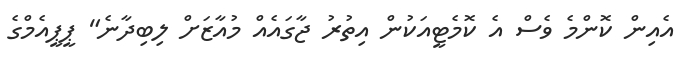
އެއިން ކޮންމެ ވެސް އެ ކޮމެޓީއަކުން އިތުރު ޖާގައެއް މުއާޒަށް ލިބިދާނެ" ޕީޕީއެމްގެ